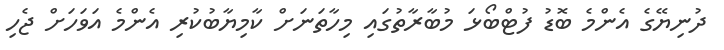
ދުނިޔޭގެ އެންމެ ބޮޑު ފުޓްބޯޅަ މުބާރާތުގައި މިހާތަނަށް ކާމިޔާބުކުރި އެންމެ އަވަހަށް ޖެހި